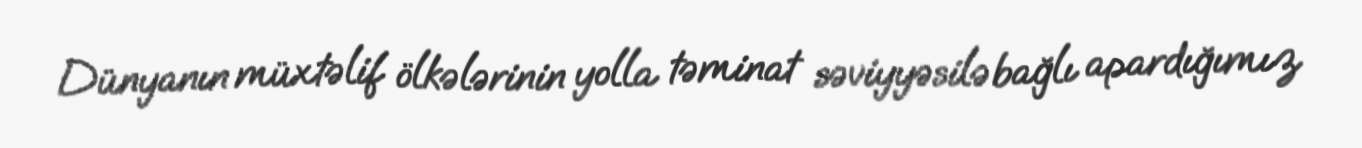
Dünyanın müxtəlif ölkələrinin yolla təminat səviyyəsilə bağlı apardığımız